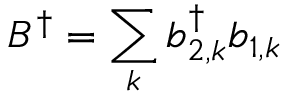
B ^ { \dagger } = \sum _ { k } b _ { 2 , k } ^ { \dagger } b _ { 1 , k }